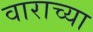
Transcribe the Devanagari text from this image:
वाराच्या